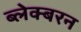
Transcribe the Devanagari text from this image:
ब्लेक्बरन